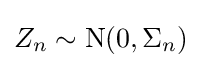
Z_{n}\sim \operatorname {N} (0,{\Sigma _{n}})